Reports on dispensaries and lunatic asylums in the Province of Oudh - 1869-1876
Year: 1869
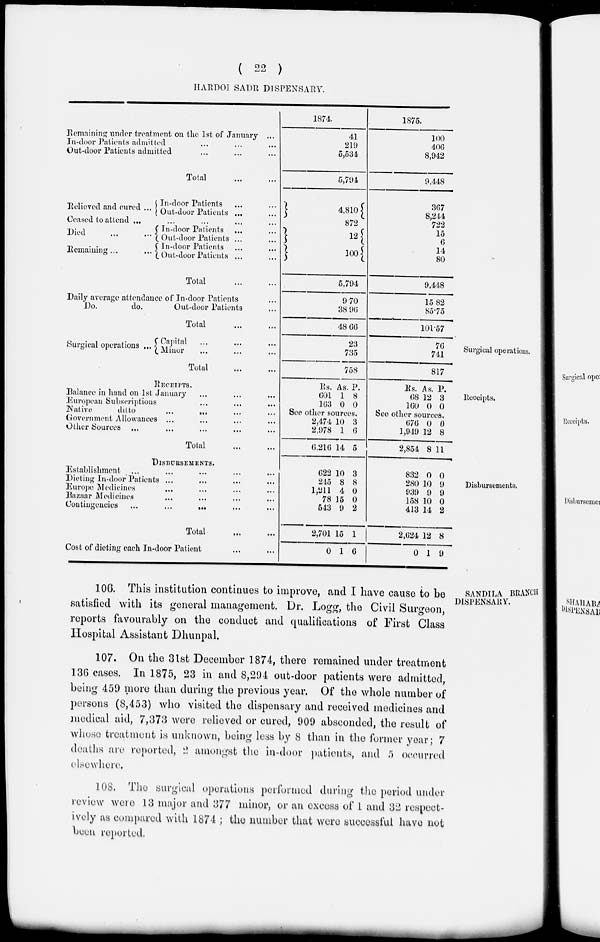
( 22 )
HARDOI SADR DISPENSARY.
Remaining under treatment on the 1st of January ...
In-door Patients admitted ... ... ...
Out-door Patients admitted ... ... ...
Total ... ...
Relieved and cured ...
In-door Patients ... ...
Out-door Patients ... ...
Ceased to attend ... ... ... ... ...
Died
...
...
Remaining ...
...
In-door Patients ... ...
Out-door Patients ... ...
In-door Patients ... ...
Out-door Patients ... ...
Total
...
...
Daily average attendance of In-door Patients ...
Do.
do.
Out-door Patients ...
Total
...
...
1874.
41
219
5,534
5,794
4,810
872
12
100
5,794
9.70
38.96
48.66
1875.
100
406
8,942
9,448
307
8,244
722
15
6
14
80
9,448
15.82
85.75
101.57
Surgical operations,
Surgical operations ...
Capital ... ... ... ...
Minor ... ... ... ...
Total
...
...
23
735
758
76
741
817
Receipts.
RECEIPTS.
Balance in hand on 1st January ... ... ...
European Subscriptions ... ... ...
Native
ditto ... ... ... ...
Government Allowances ... ... ... ...
Other Sources ... ... ... ... ...
Total
...
...
Rs.
601
163
As.
1
0
P.
8
0
See other sources.
2,474
2,978
6,216
10
1
14
3
6
5
Rs.
68
160
As.
12
0
P.
3
0
Sec other sources.
676
1,949
2,854
0
12
8
0
8
11
Disbursements.
DISBURSEMENTS.
Establishment ... ... ... ... ...
Dieting In-door Patients ... ... ... ...
Europe Medicines ... ... ... ...
Bazaar Medicines ... ... ... ...
Contingencies
...
...
... ...
Total ... ...
Cost of dieting each In-door Patient ... ...
622
245
1,211
78
643
2,701
0
10
8
4
15
9
15
1
3
8
0
0
2
1
6
832
280
939
158
413
2,624
0
0
10
9
10
14
12
1
0
9
9
0
2
8
9
SANDILA BRANCH
DISPENSARY.
106. This institution continues to improve, and I have cause to be
satisfied with its general management. Dr. Logg, the Civil Surgeon,
reports favourably on the conduct and qualifications of First Class
Hospital Assistant Dhunpal.
107. On the 31st December 1874, there remained under treatment
136 cases. In 1875, 23 in and 8,294 out-door patients were admitted,
being 459 more than during the previous year. Of the whole number of
persons (8,453) who visited the dispensary and received medicines and
medical aid, 7,373 were relieved or cured, 909 absconded, the result of
whose treatment is unknown, being less by 8 than in the former year; 7
deaths are reported, 2 amongst the in-door patients, and 5 occurred
elsewhere.
108. The surgical operations performed during the period under
review were 13 major and 377 minor, or an excess of 1 and 32 respect-
ively as compared with 1874 ; the number that were successful have not
been reported.